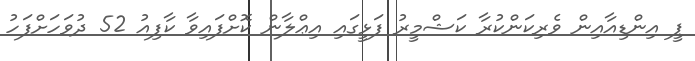
ޕީ އިންޑިއާއިން ވެރިކަންކުރާ ކަޝްމީރު ފަޅީގައި އިޢްލާން ކޮށްފައިވާ ކާފިއު 52 ދުވަހަށްފަހު